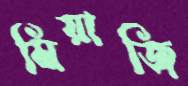
মিয়াজি